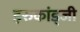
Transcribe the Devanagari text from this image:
इरुकांड्जी